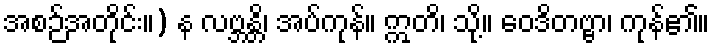
အစဉ်အတိုင်း။) န လဗ္ဘန္တိ၊ အပ်ကုန်။ ဣတိ၊ သို့။ ဝေဒိတဗ္ဗာ၊ ကုန်၏။